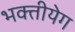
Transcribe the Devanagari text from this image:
भक्तीयेग